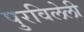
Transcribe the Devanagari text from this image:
पुरविलेली